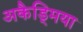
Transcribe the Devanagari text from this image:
अकैड्मिया